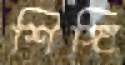
শিঙ্গি